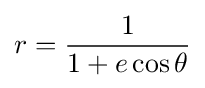
r={\frac {1}{1+e\cos \theta }}